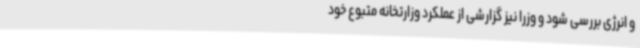
و انرژی بررسی شود و وزرا نیز گزارشی از عملکرد وزارتخانه متبوع خود